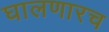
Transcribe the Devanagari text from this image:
घालणारच